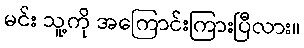
မင်း သူ့ကို အကြောင်းကြားပြီလား။